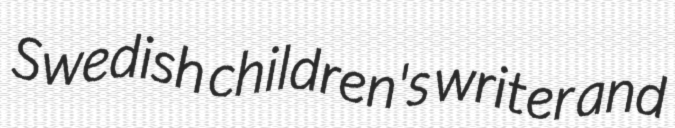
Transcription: Swedish children's writer and